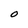
Character: O